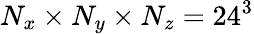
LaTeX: N_{x}\times N_{y}\times N_{z}=24^{3}